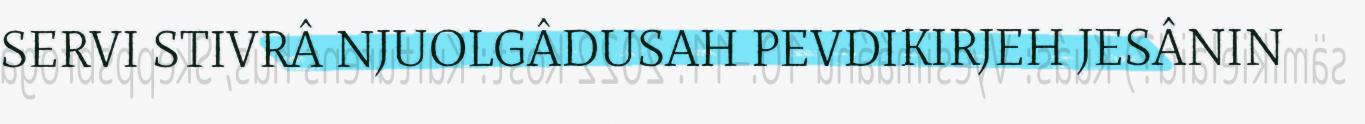
SERVI STIVRÂ NJUOLGÂDUSAH PEVDIKIRJEH JESÂNIN